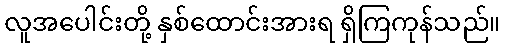
လူအပေါင်းတို့ နှစ်ထောင်းအားရ ရှိကြကုန်သည်။